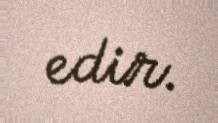
edir.